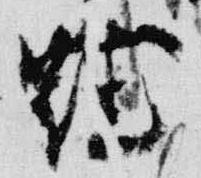
鞋